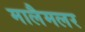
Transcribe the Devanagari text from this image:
मालैमलर